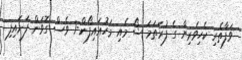
ވަފާތެރި ކެހިވެރިޔާ ގެ ފުރަތަމަ ޝޯ މެއި މަހުއައިފޯން-7 ވެސް ގޮވަން ފަށައިފި